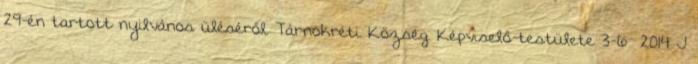
29-én tartott nyilvános üléséről. Tárnokréti Község Képviselő-testülete 3-6 2014 J